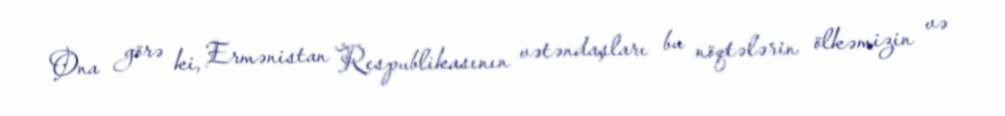
Ona görə ki, Ermənistan Respublikasının vətəndaşları bu nöqtələrin ölkəmizin və